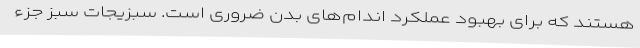
هستند که برای بهبود عملکرد اندام‌های بدن ضروری است. سبزیجات سبز جزء